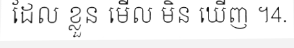
ដែល ខ្លួន មើល មិន ឃើញ ។4.